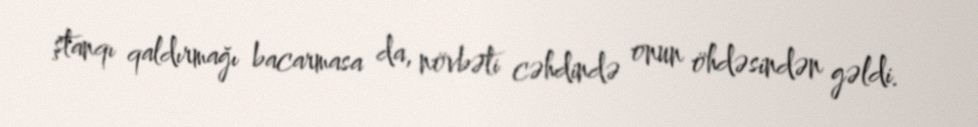
ştanqı qaldırmağı bacarmasa da, növbəti cəhdində onun öhdəsindən gəldi.